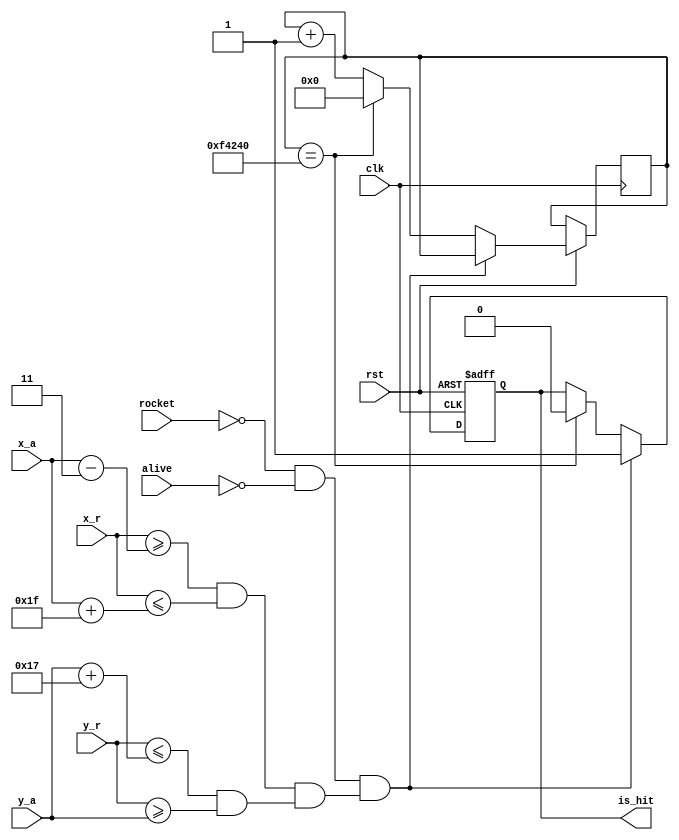
module collision_alien(clk, rst, x_a, y_a, x_r, y_r, alive, rocket, is_hit);

input clk, rst;
input [9:0] x_a, y_a, x_r, y_r;
input alive, rocket;
output is_hit;

reg hit_buffer;

reg [23:0] buffer;

assign is_hit = hit_buffer;

always @(posedge clk or negedge rst)
begin
	if (rst == 1'b0) begin
		hit_buffer <= 1'b0;
	end else begin
		if (~rocket && ~alive && (((x_r >= x_a - 10'd3) && (x_r <= x_a + 10'd31)) && ((y_r <= y_a + 10'd23) && (y_r >= y_a)))) begin
			hit_buffer <= 1'd1;
		end 
		else
			if(buffer == 24'd1000_000) begin
				hit_buffer <= 1'd0;
				buffer <= 1'b0;
			end
			else begin
				hit_buffer <= hit_buffer;
				buffer <= buffer + 1'b1;
			end
	end
end
endmodule